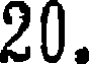
20.